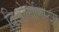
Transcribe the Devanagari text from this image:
बिओलोगिस्ट्स